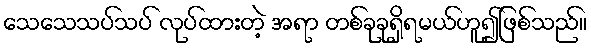
သေသေသပ်သပ် လုပ်ထားတဲ့ အရာ တစ်ခုခုရှိရမယ်ဟူ၍ဖြစ်သည်။